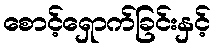
စောင့်ရှောက်ခြင်းနှင့်